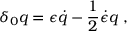
\delta _ { 0 } q = \epsilon \dot { q } - { \frac { 1 } { 2 } } \dot { \epsilon } q \ ,